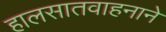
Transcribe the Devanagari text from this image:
हालसातवाहनाने